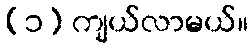
(၁) ကျယ်လာမယ်။